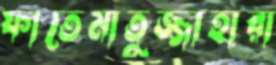
ফাতেমাতুজ্জাহারা